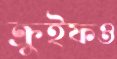
ক্রুইফও